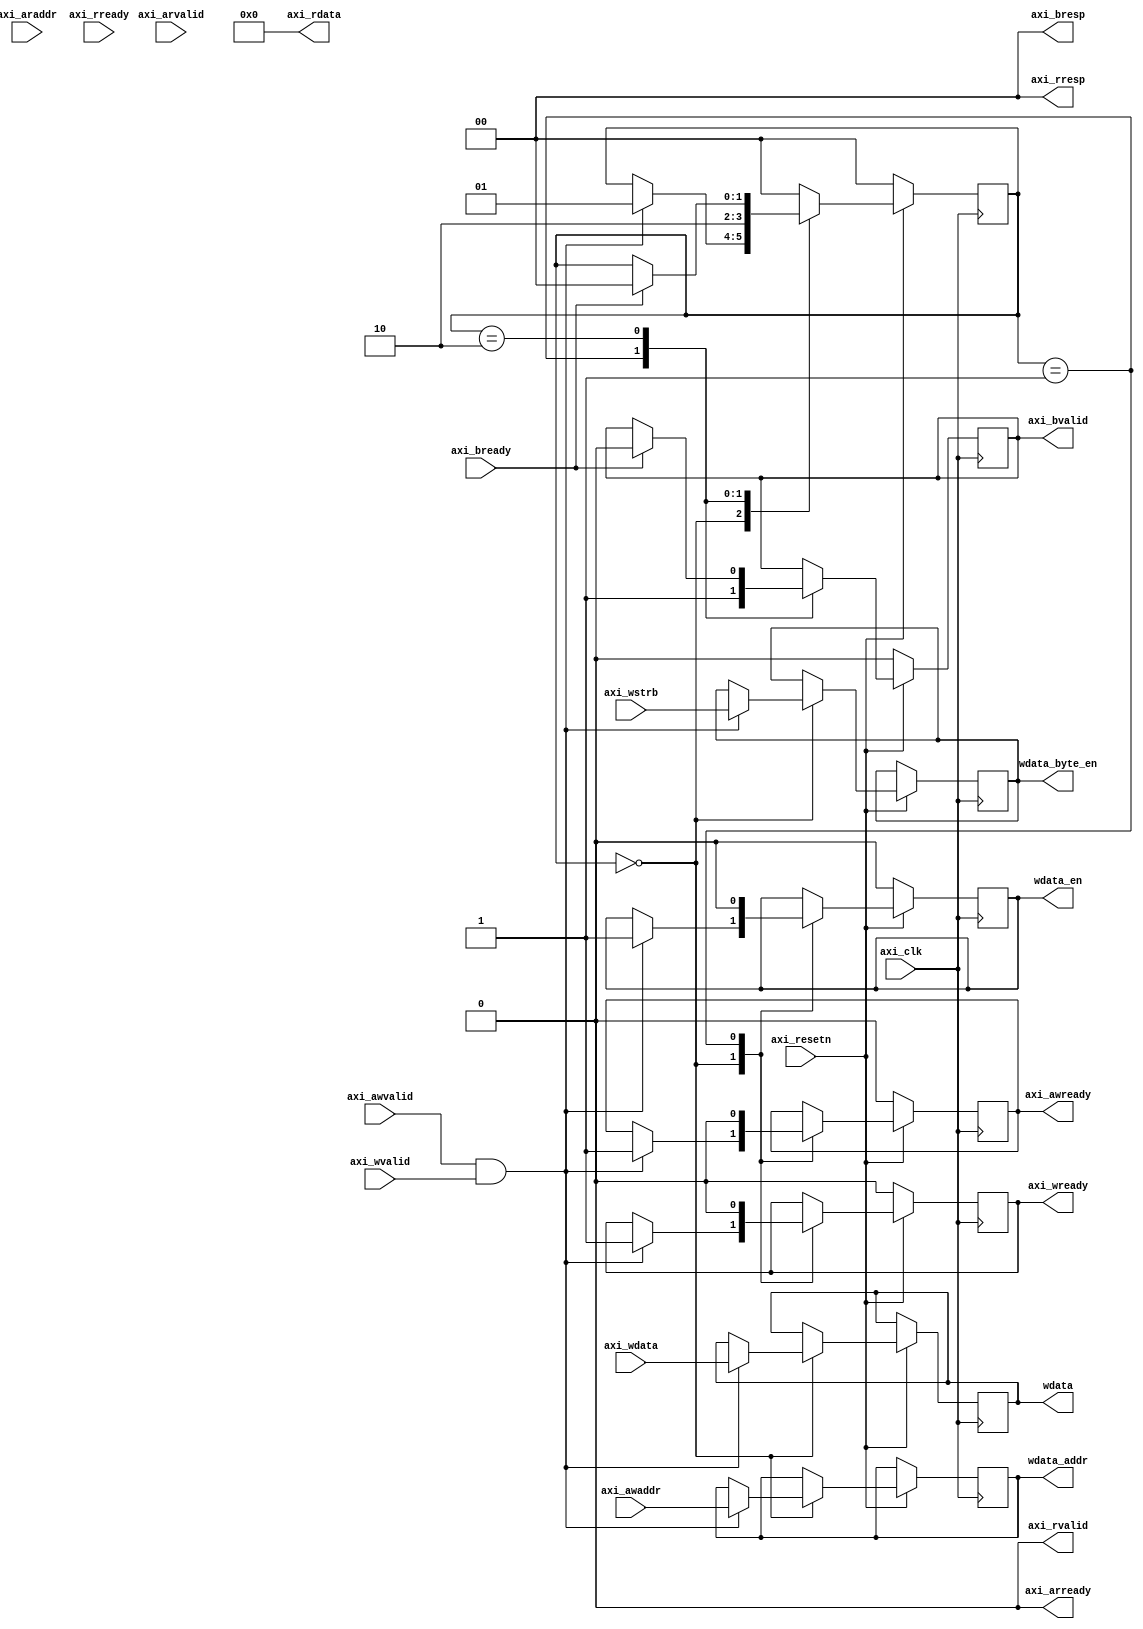
module axilite_naive_bridge(
    input axi_clk,
    input axi_resetn,

	input [31:0] axi_awaddr,
	input [0:0] axi_awvalid,
	output reg [0:0] axi_awready,
	input [31:0] axi_wdata,
	input [3:0] axi_wstrb,
	input [0:0] axi_wvalid,
	output reg [0:0] axi_wready,
	output [1:0] axi_bresp,
	output reg [0:0] axi_bvalid,
	input [0:0] axi_bready,
	input [31:0] axi_araddr,
	input [0:0] axi_arvalid,
	output [0:0] axi_arready,
	output [31:0] axi_rdata,
	output [1:0] axi_rresp,
	output [0:0] axi_rvalid,
	input [0:0] axi_rready,

    output reg wdata_en,
    output reg [31:0] wdata_addr,
    output reg [31:0] wdata,
    output reg [3:0] wdata_byte_en
    );

    assign axi_arready = 1'b0;
    assign axi_rdata = 32'd0;
    assign axi_rresp = 2'b0;
    assign axi_rvalid = 1'b0;
    assign axi_bresp = 2'd0;

    reg [1:0] status;
    always @ (posedge axi_clk) begin
        if( axi_resetn == 1'b0 ) begin
            axi_awready <= 1'b0;
            axi_wready <= 1'b0;
            axi_bvalid <= 1'b0;
            status <= 0;
            wdata_en <= 1'b0;
        end
        else begin
            case(status)
            2'd0:   begin
                if( axi_awvalid & axi_wvalid ) begin
                    axi_awready <= 1'b1;
                    axi_wready <= 1'b1;
                    wdata <= axi_wdata;
                    wdata_addr <= axi_awaddr;
                    wdata_en <= 1'b1;
                    wdata_byte_en <= axi_wstrb;
                    status <= 2'd1;
                end
            end
            2'd1:   begin
                axi_awready <= 1'b0;
                axi_wready <= 1'b0;
                wdata_en <= 1'b0;
                axi_bvalid <= 1'b1;
                status <= 2'd2;
            end
            2'd2:   begin
                if(axi_bready) begin
                    axi_bvalid <= 1'b0;
                    status <= 2'd0;
                end
            end
            default:    status <= 2'd0;
            endcase
        end
    end

endmodule